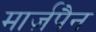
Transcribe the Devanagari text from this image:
मार्ज़पैन